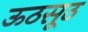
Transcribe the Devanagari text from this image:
ऊठसूठ